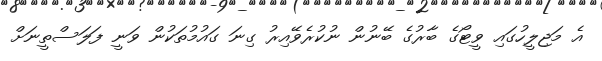
އެ މަޖިލީހުގައި ވީޓޯގެ ބާރުގެ ބޭނުން ނުކުރެވޭއިރު ގިނަ ގައުމުތަކުން ވަނީ ފަލަސްތީނަށް